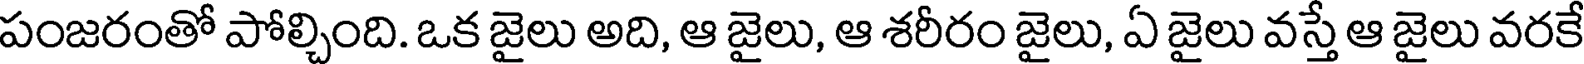
పంజరంతో పోల్చింది. ఒక జైలు అది, ఆ జైలు, ఆ శరీరం జైలు, ఏ జైలు వస్తే ఆ జైలు వరకే